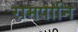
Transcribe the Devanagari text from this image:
रामपानि